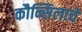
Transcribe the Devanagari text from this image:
कौन्सिलाचे